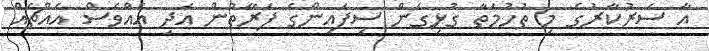
އާ ސަރުކާރުގެ މި ތުހުމަތާ ގުޅިގެން ސިފައިންގެ ފަރާތުން އަދި އެއްވެސް އެއްޗެއް